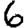
Digit: 6